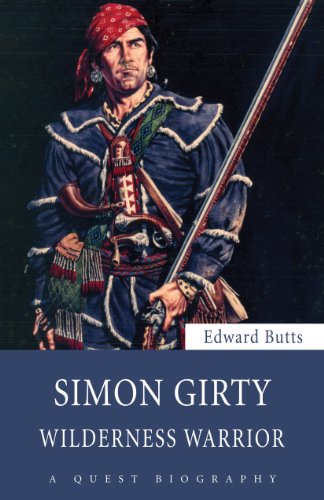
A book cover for Simon Girty: Wilderness Warrior (Quest Biography); Edward Butts; Biographies & Memoirs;